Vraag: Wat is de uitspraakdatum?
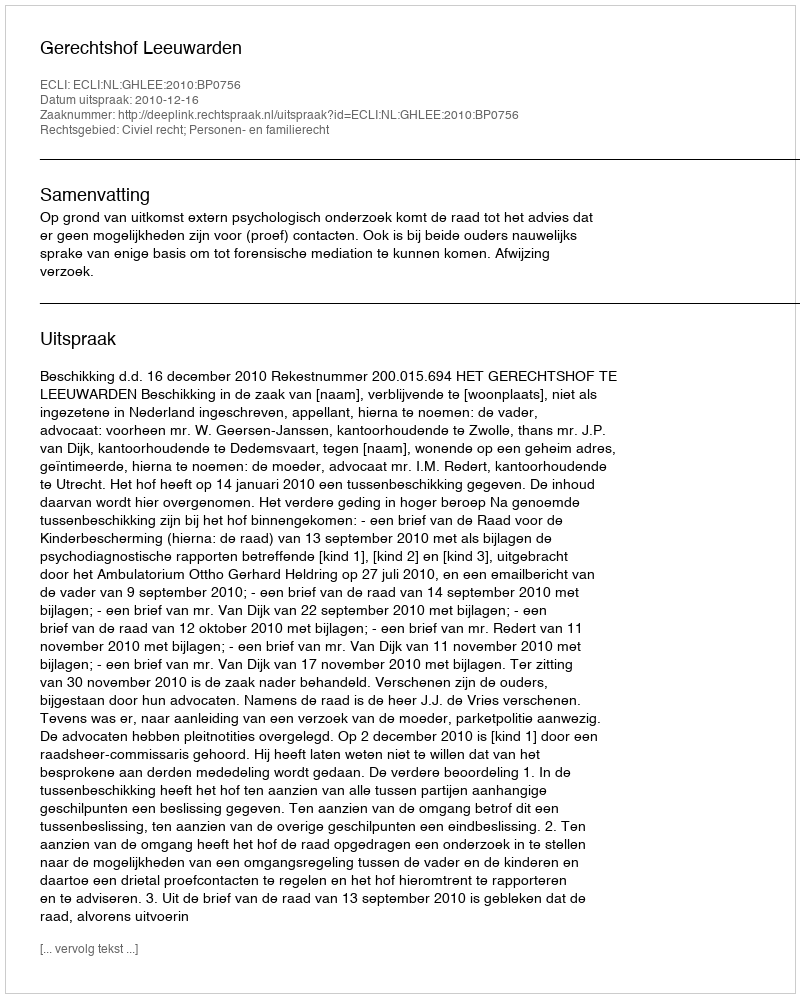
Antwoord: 2010-12-16